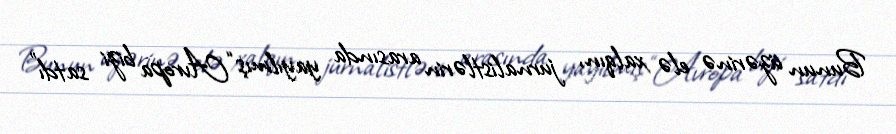
Bunun üzərinə elə xalqın, jurnalistlərin arasında yayılmış “Avropa bizi satdı”